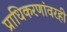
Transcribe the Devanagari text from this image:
प्राधिकरणांवरही